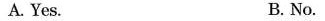
A. Yes. B. No.